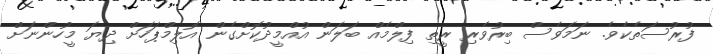
ފުރުސަތެކެވެ. ނަމަވެސް ބިރުވެރި ރީތި ފިލްމެއް ބަލަން އުއްމީދުކޮށްގެން އޮލިމްޕަހަށް ދިޔަ މީހުންނަށް